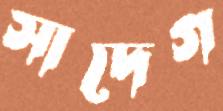
সাদেগ